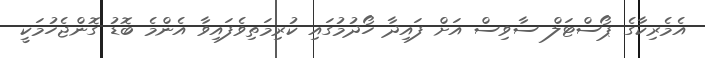
އެމެރިކާގެ ޕޯސްޓަލް ސާވިސް އަށް ފައިދާ ހޯދުމުގައި ކުރިމަތިވެފައިވާ އެންމެ ބޮޑު ގޮންޖެހުމަކީ